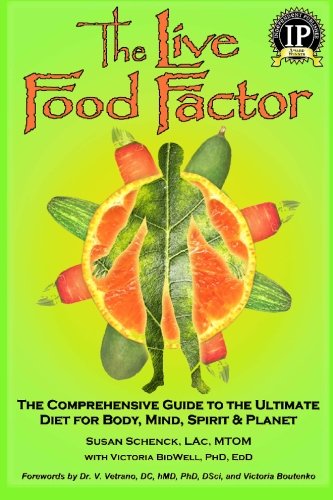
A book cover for The Live Food Factor: The Comprehensive Guide to the Ultimate Diet for Body, Mind, Spirit & Planet; Susan E. Schenck; Cookbooks, Food & Wine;